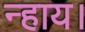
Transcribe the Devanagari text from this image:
न्हाय।